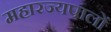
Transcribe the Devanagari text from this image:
महारज्यपालों